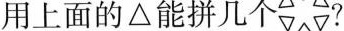
用上面的△能拼几个 ?